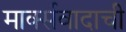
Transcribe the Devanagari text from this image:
मार्क्सवादाची